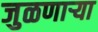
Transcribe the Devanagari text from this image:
जुळणार्‍या